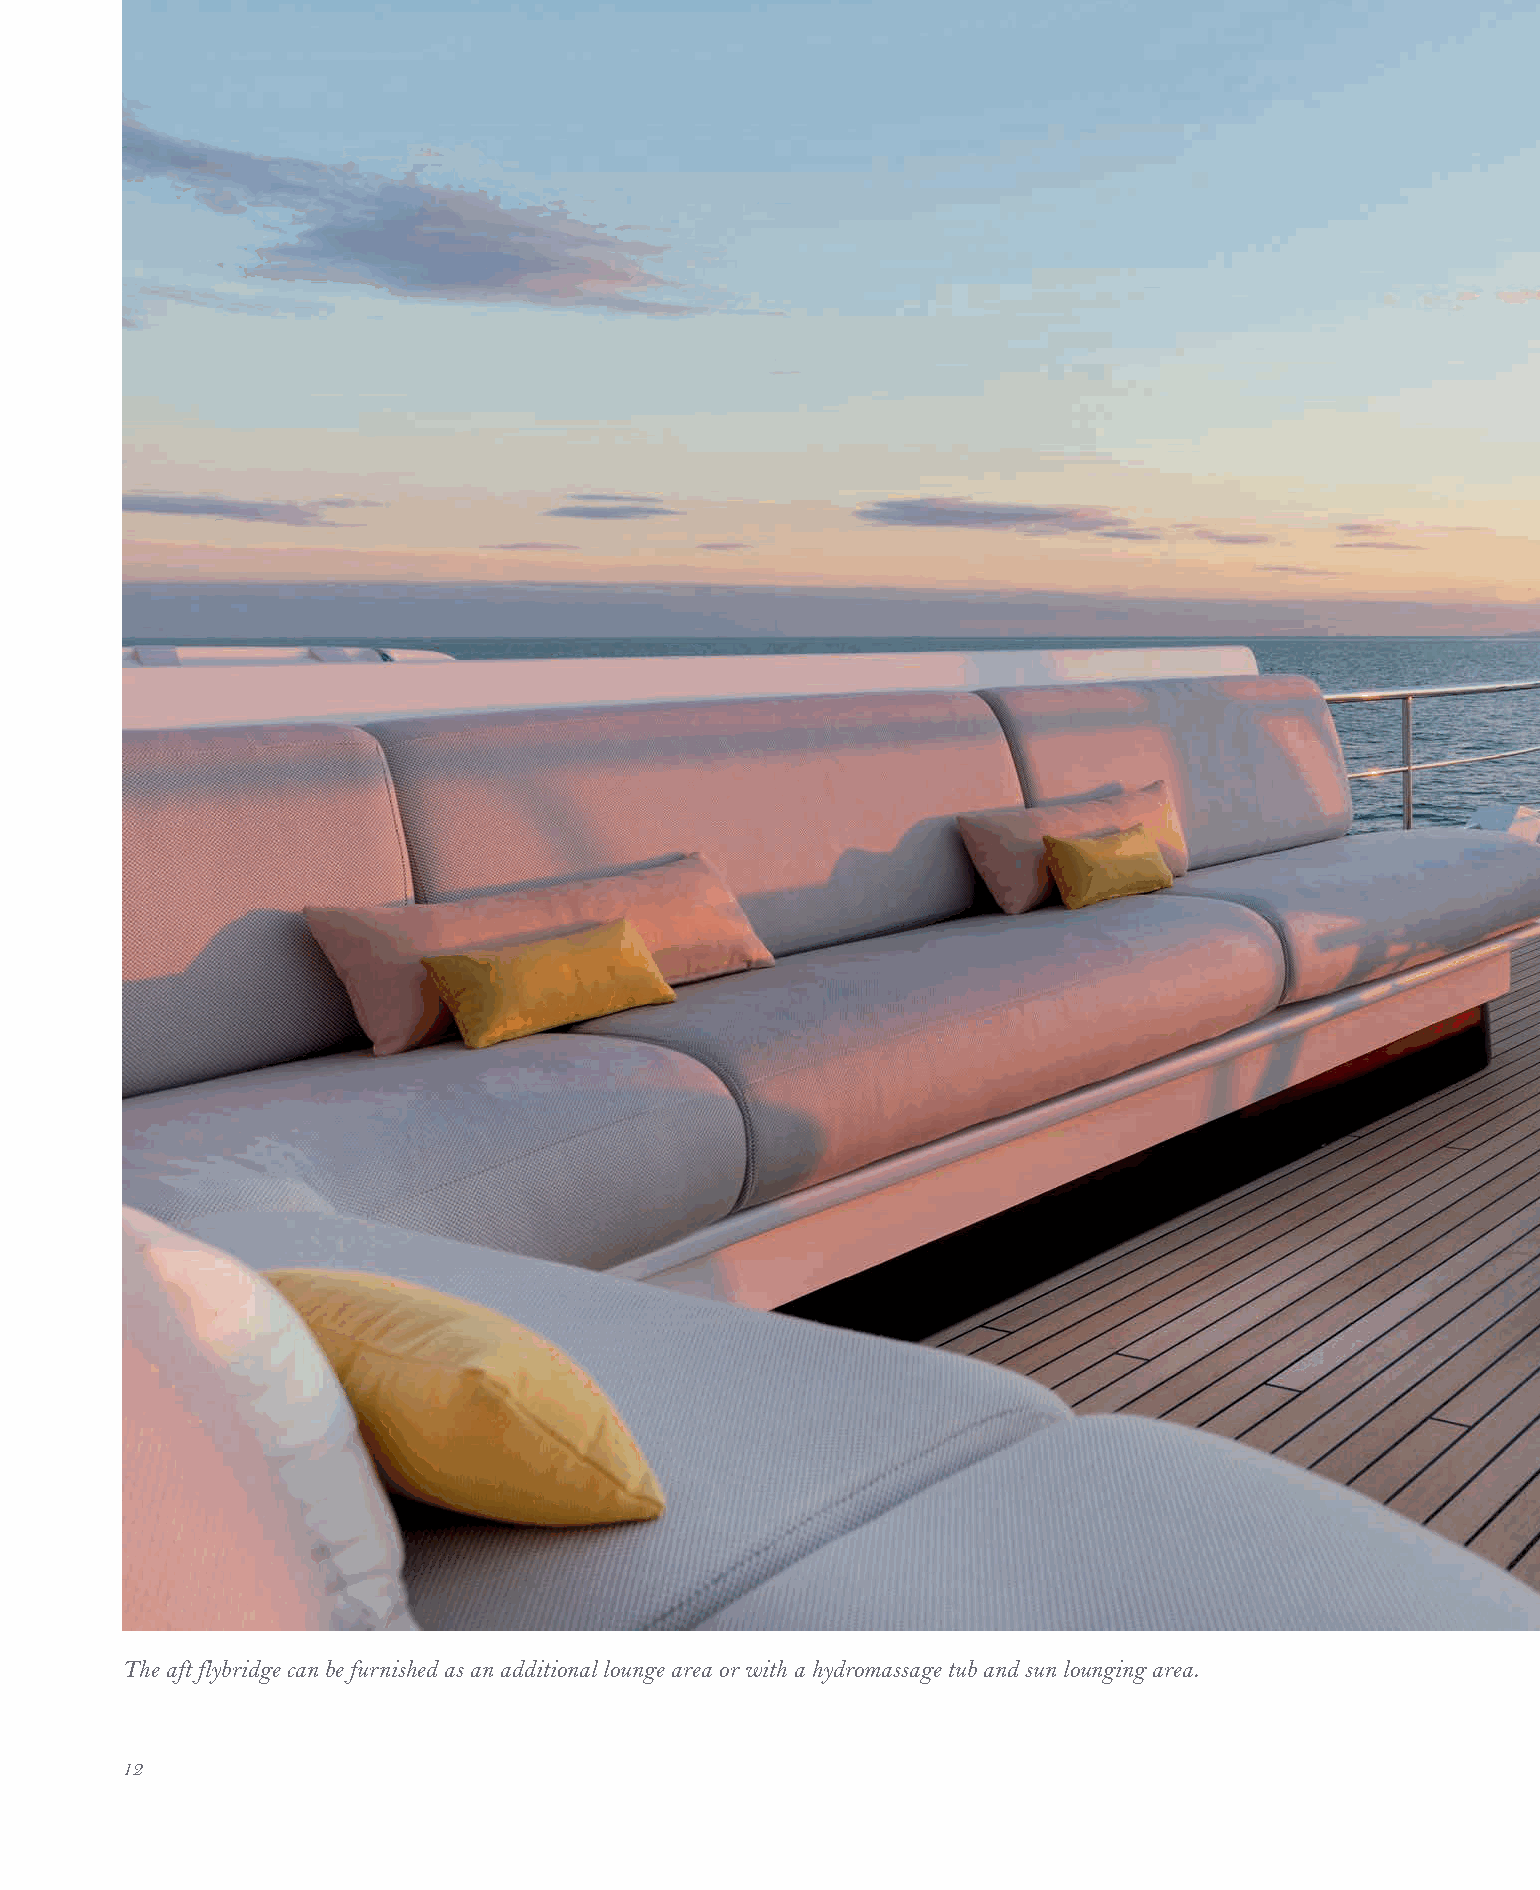
The aft flybridge can be furnished as an additional lounge area or with a hydromassage tub and sun lounging area.
 1122